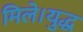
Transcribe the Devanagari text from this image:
मिले।युद्ध